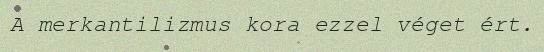
A merkantilizmus kora ezzel véget ért.